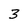
Character: 3